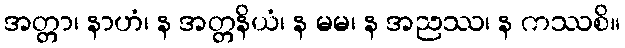
အတ္တာ၊ နာဟံ၊ န အတ္တနိယံ၊ န မမ၊ န အညဿ၊ န ကဿစိ။